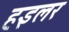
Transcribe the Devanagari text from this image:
हइलर